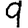
Digit: 9